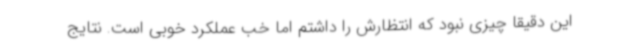
این دقیقا چیزی نبود که انتظارش را داشتم اما خب عملکرد خوبی است. نتایج